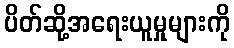
ပိတ်ဆို့အရေးယူမှုများကို